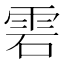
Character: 雼